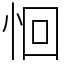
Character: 恛